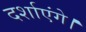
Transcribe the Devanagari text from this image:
दर्शाएंगे।